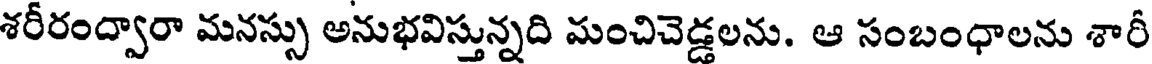
శరీరంద్వారా మనస్సు అనుభవిస్తున్నది మంచిచెడ్డలను. ఆ సంబంధాలను శారీ